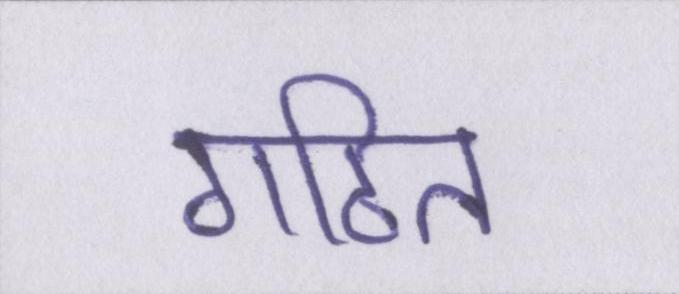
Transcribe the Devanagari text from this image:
गठित